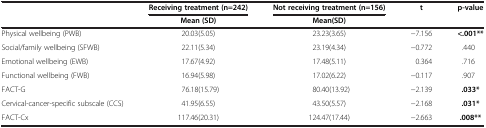
<table><thead><tr><td rowspan="2"><b> </b></td><td><b>Receiving treatment (n=242)</b></td><td><b>Not receiving treatment (n=156)</b></td><td rowspan="2"><b>t</b></td><td rowspan="2"><b>p-value</b></td></tr><tr><td><b>Mean (SD)</b></td><td><b>Mean(SD)</b></td></tr></thead><tbody><tr><td>Physical wellbeing (PWB)</td><td>20.03(5.05)</td><td>23.23(3.65)</td><td>−7.156</td><td><b>&lt;.001**</b></td></tr><tr><td>Social/family wellbeing (SFWB)</td><td>22.11(5.34)</td><td>23.19(4.34)</td><td>−0.772</td><td>.440</td></tr><tr><td>Emotional wellbeing (EWB)</td><td>17.67(4.92)</td><td>17.48(5.11)</td><td>0.364</td><td>.716</td></tr><tr><td>Functional wellbeing (FWB)</td><td>16.94(5.98)</td><td>17.02(6.22)</td><td>−0.117</td><td>.907</td></tr><tr><td>FACT-G</td><td>76.18(15.79)</td><td>80.40(13.92)</td><td>−2.139</td><td><b>.033*</b></td></tr><tr><td>Cervical-cancer-specific subscale (CCS)</td><td>41.95(6.55)</td><td>43.50(5.57)</td><td>−2.168</td><td><b>.031*</b></td></tr><tr><td>FACT-Cx</td><td>117.46(20.31)</td><td>124.47(17.44)</td><td>−2.663</td><td><b>.008**</b></td></tr></tbody></table>